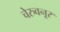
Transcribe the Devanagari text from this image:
चेरुवनूर